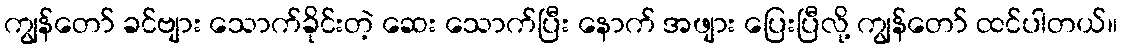
ကျွန်တော် ခင်ဗျား သောက်ခိုင်းတဲ့ ဆေး သောက်ပြီး နောက် အဖျား ပြေးပြီလို့ ကျွန်တော် ထင်ပါတယ်။